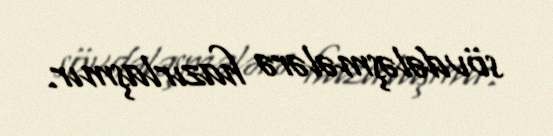
sövdələşmələrə hazırlaşmır.